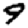
Digit: 9